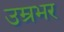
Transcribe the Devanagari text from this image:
उम्रभर